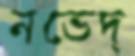
নভেদ্